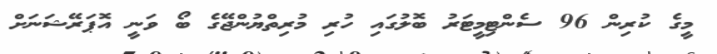
މީގެ ކުރިން 96 ސެންޓިމީޓަރު ބޮލުގައި ހުރި މުރިތްޔުންޖޭގެ ބޯ ވަނީ އޮޕަރޭޝަނަށް